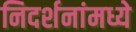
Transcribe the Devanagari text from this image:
निदर्शनांमध्ये